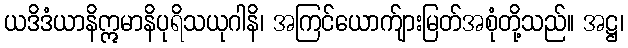
ယဒိဒံယာနိဣမာနိပုရိသယုဂါနိ၊ အကြင်ယောက်ျားမြတ်အစုံတို့သည်။ အဋ္ဌ၊